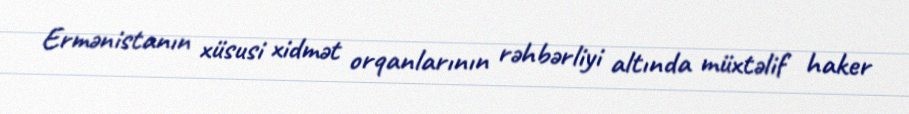
Ermənistanın xüsusi xidmət orqanlarının rəhbərliyi altında müxtəlif haker